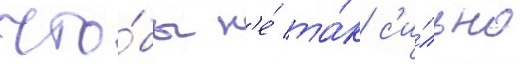
что́бы н'е́ та́к с'и́льно